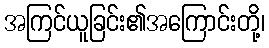
အကြင်ယူခြင်း၏အကြောင်းတို့၊